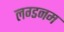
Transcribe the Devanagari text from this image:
लग्डनम